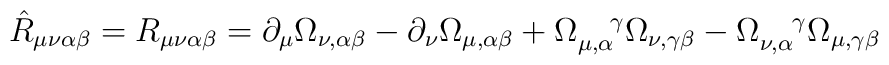
\hat{R}_{\mu\nu\alpha\beta}=R_{\mu\nu\alpha\beta}= \partial_\mu\Omega_{\nu,\alpha\beta}-\partial_\nu\Omega_{\mu,\alpha\beta}+\Omega_{\mu,\alpha}^{\ \ \ \gamma}\Omega_{\nu,\gamma\beta}-\Omega_{\nu,\alpha}^{\ \ \ \gamma}\Omega_{\mu,\gamma\beta}\hskip1.5cm